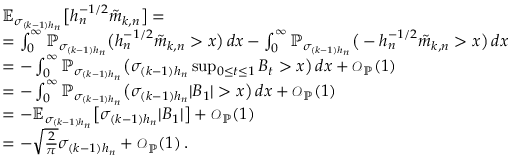
\begin{array} { r l } & { \mathbb { E } _ { \sigma _ { ( k - 1 ) h _ { n } } } \big [ h _ { n } ^ { - 1 / 2 } \tilde { m } _ { k , n } \big ] = } \\ & { = \int _ { 0 } ^ { \infty } \mathbb { P } _ { \sigma _ { ( k - 1 ) h _ { n } } } \big ( h _ { n } ^ { - 1 / 2 } \tilde { m } _ { k , n } > x \big ) \, d x - \int _ { 0 } ^ { \infty } \mathbb { P } _ { \sigma _ { ( k - 1 ) h _ { n } } } \big ( - h _ { n } ^ { - 1 / 2 } \tilde { m } _ { k , n } > x \big ) \, d x } \\ & { = - \int _ { 0 } ^ { \infty } \mathbb { P } _ { \sigma _ { ( k - 1 ) h _ { n } } } \big ( \sigma _ { ( k - 1 ) h _ { n } } \operatorname* { s u p } _ { 0 \le t \le 1 } B _ { t } > x \big ) \, d x + { \scriptstyle { \mathcal { O } } } _ { \mathbb { P } } ( 1 ) } \\ & { = - \int _ { 0 } ^ { \infty } \mathbb { P } _ { \sigma _ { ( k - 1 ) h _ { n } } } \big ( \sigma _ { ( k - 1 ) h _ { n } } | B _ { 1 } | > x \big ) \, d x + { \scriptstyle { \mathcal { O } } } _ { \mathbb { P } } ( 1 ) } \\ & { = - \mathbb { E } _ { \sigma _ { ( k - 1 ) h _ { n } } } \big [ \sigma _ { ( k - 1 ) h _ { n } } | B _ { 1 } | \big ] + { \scriptstyle { \mathcal { O } } } _ { \mathbb { P } } ( 1 ) } \\ & { = - \sqrt { \frac { 2 } { \pi } } \sigma _ { ( k - 1 ) h _ { n } } + { \scriptstyle { \mathcal { O } } } _ { \mathbb { P } } ( 1 ) \, . } \end{array}